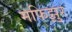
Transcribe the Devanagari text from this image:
मफिझुर